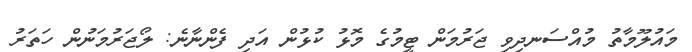
މައުލޫމާތު މުއްސަނދިވި ޖަރުމަން ޓީމުގެ މޮޅު ކުޅުން އަދި ފެންނާނެ: ލޯޖަރުމަނުން ހަތަރު